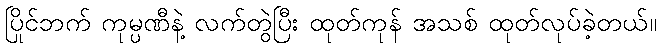
ပြိုင်ဘက် ကုမ္ပဏီနဲ့ လက်တွဲပြီး ထုတ်ကုန် အသစ် ထုတ်လုပ်ခဲ့တယ်။